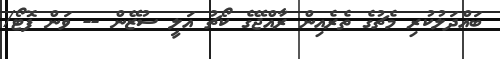
ބައްދަލުކުރި މެޗުގެ ތެރެއިން ރާއްޖޭގެ ކޯޗު އަލީ ސުޒޭން -- ވަން ފޮޓޯ/